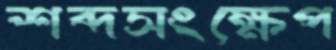
শব্দসংক্ষেপ